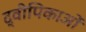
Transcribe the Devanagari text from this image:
द्वीपिकाओं